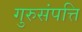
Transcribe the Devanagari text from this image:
गुरुसंपत्ति